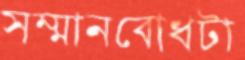
সম্মানবোধটা